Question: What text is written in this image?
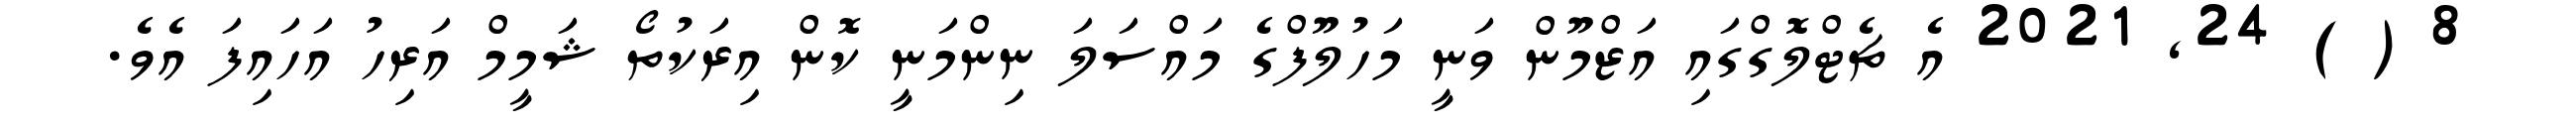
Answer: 8 ( ) 24, 2021 އެ ޗެޓްލޮގްގައި އަޒްމޫން ވަނީ މަހުލޫފްގެ މައްސަލަ ނިންމަނީ ކޮން އިރަކުތޯ ޝަމީމް އަރިހު އަހައިފަ އެވެ.